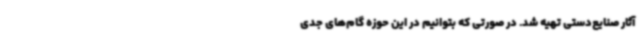
آثار صنایع‌دستی تهیه شد. در صورتی که بتوانیم در این حوزه گام‌های جدی